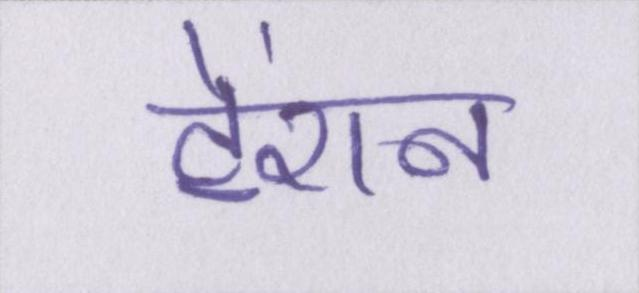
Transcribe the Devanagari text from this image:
टेंशन